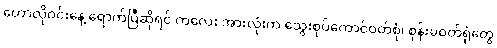
ဟောလိုဝင်းနေ့ ရောက်ပြီဆိုရင် ကလေး အားလုံးက သွေးစုပ်ကောင်ဝတ်စုံ၊ စုန်းမဝတ်ရုံတွေ